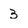
Character: 3